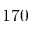
1 7 0